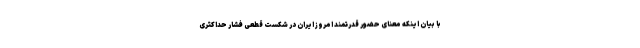
با بیان اینکه معنای حضور قدرتمند امروز ایران در شکست قطعی فشار حداکثری